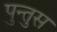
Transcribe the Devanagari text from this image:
पुन्तुस